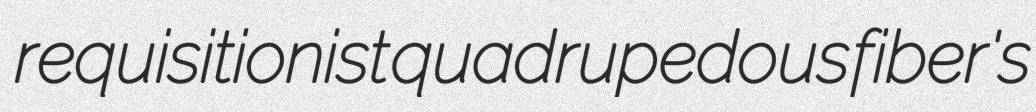
requisitionist quadrupedous fiber's